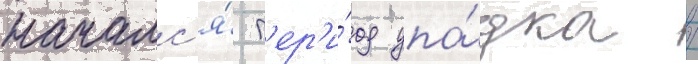
началс'я́ п'ер'и́од упа́дка /